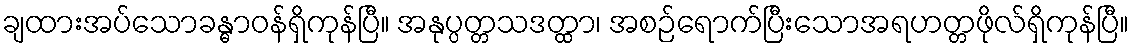
ချထားအပ်သောခန္ဓာဝန်ရှိကုန်ပြီ။ အနုပ္ပတ္တသဒတ္ထာ၊ အစဉ်ရောက်ပြီးသောအရဟတ္တဖိုလ်ရှိကုန်ပြီ။